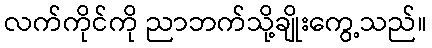
လက်ကိုင်ကို ညာဘက်သို့ချိုးကွေ့သည်။